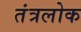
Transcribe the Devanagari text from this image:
तंत्रलोक